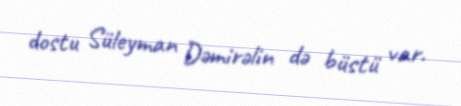
dostu Süleyman Dəmirəlin də büstü var.